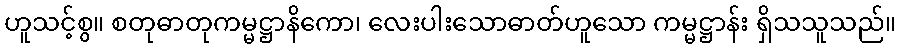
ဟူသင့်စွ။ စတုဓာတုကမ္မဋ္ဌာနိကော၊ လေးပါးသောဓာတ်ဟူသော ကမ္မဋ္ဌာန်း ရှိသသူသည်။